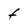
Character: F